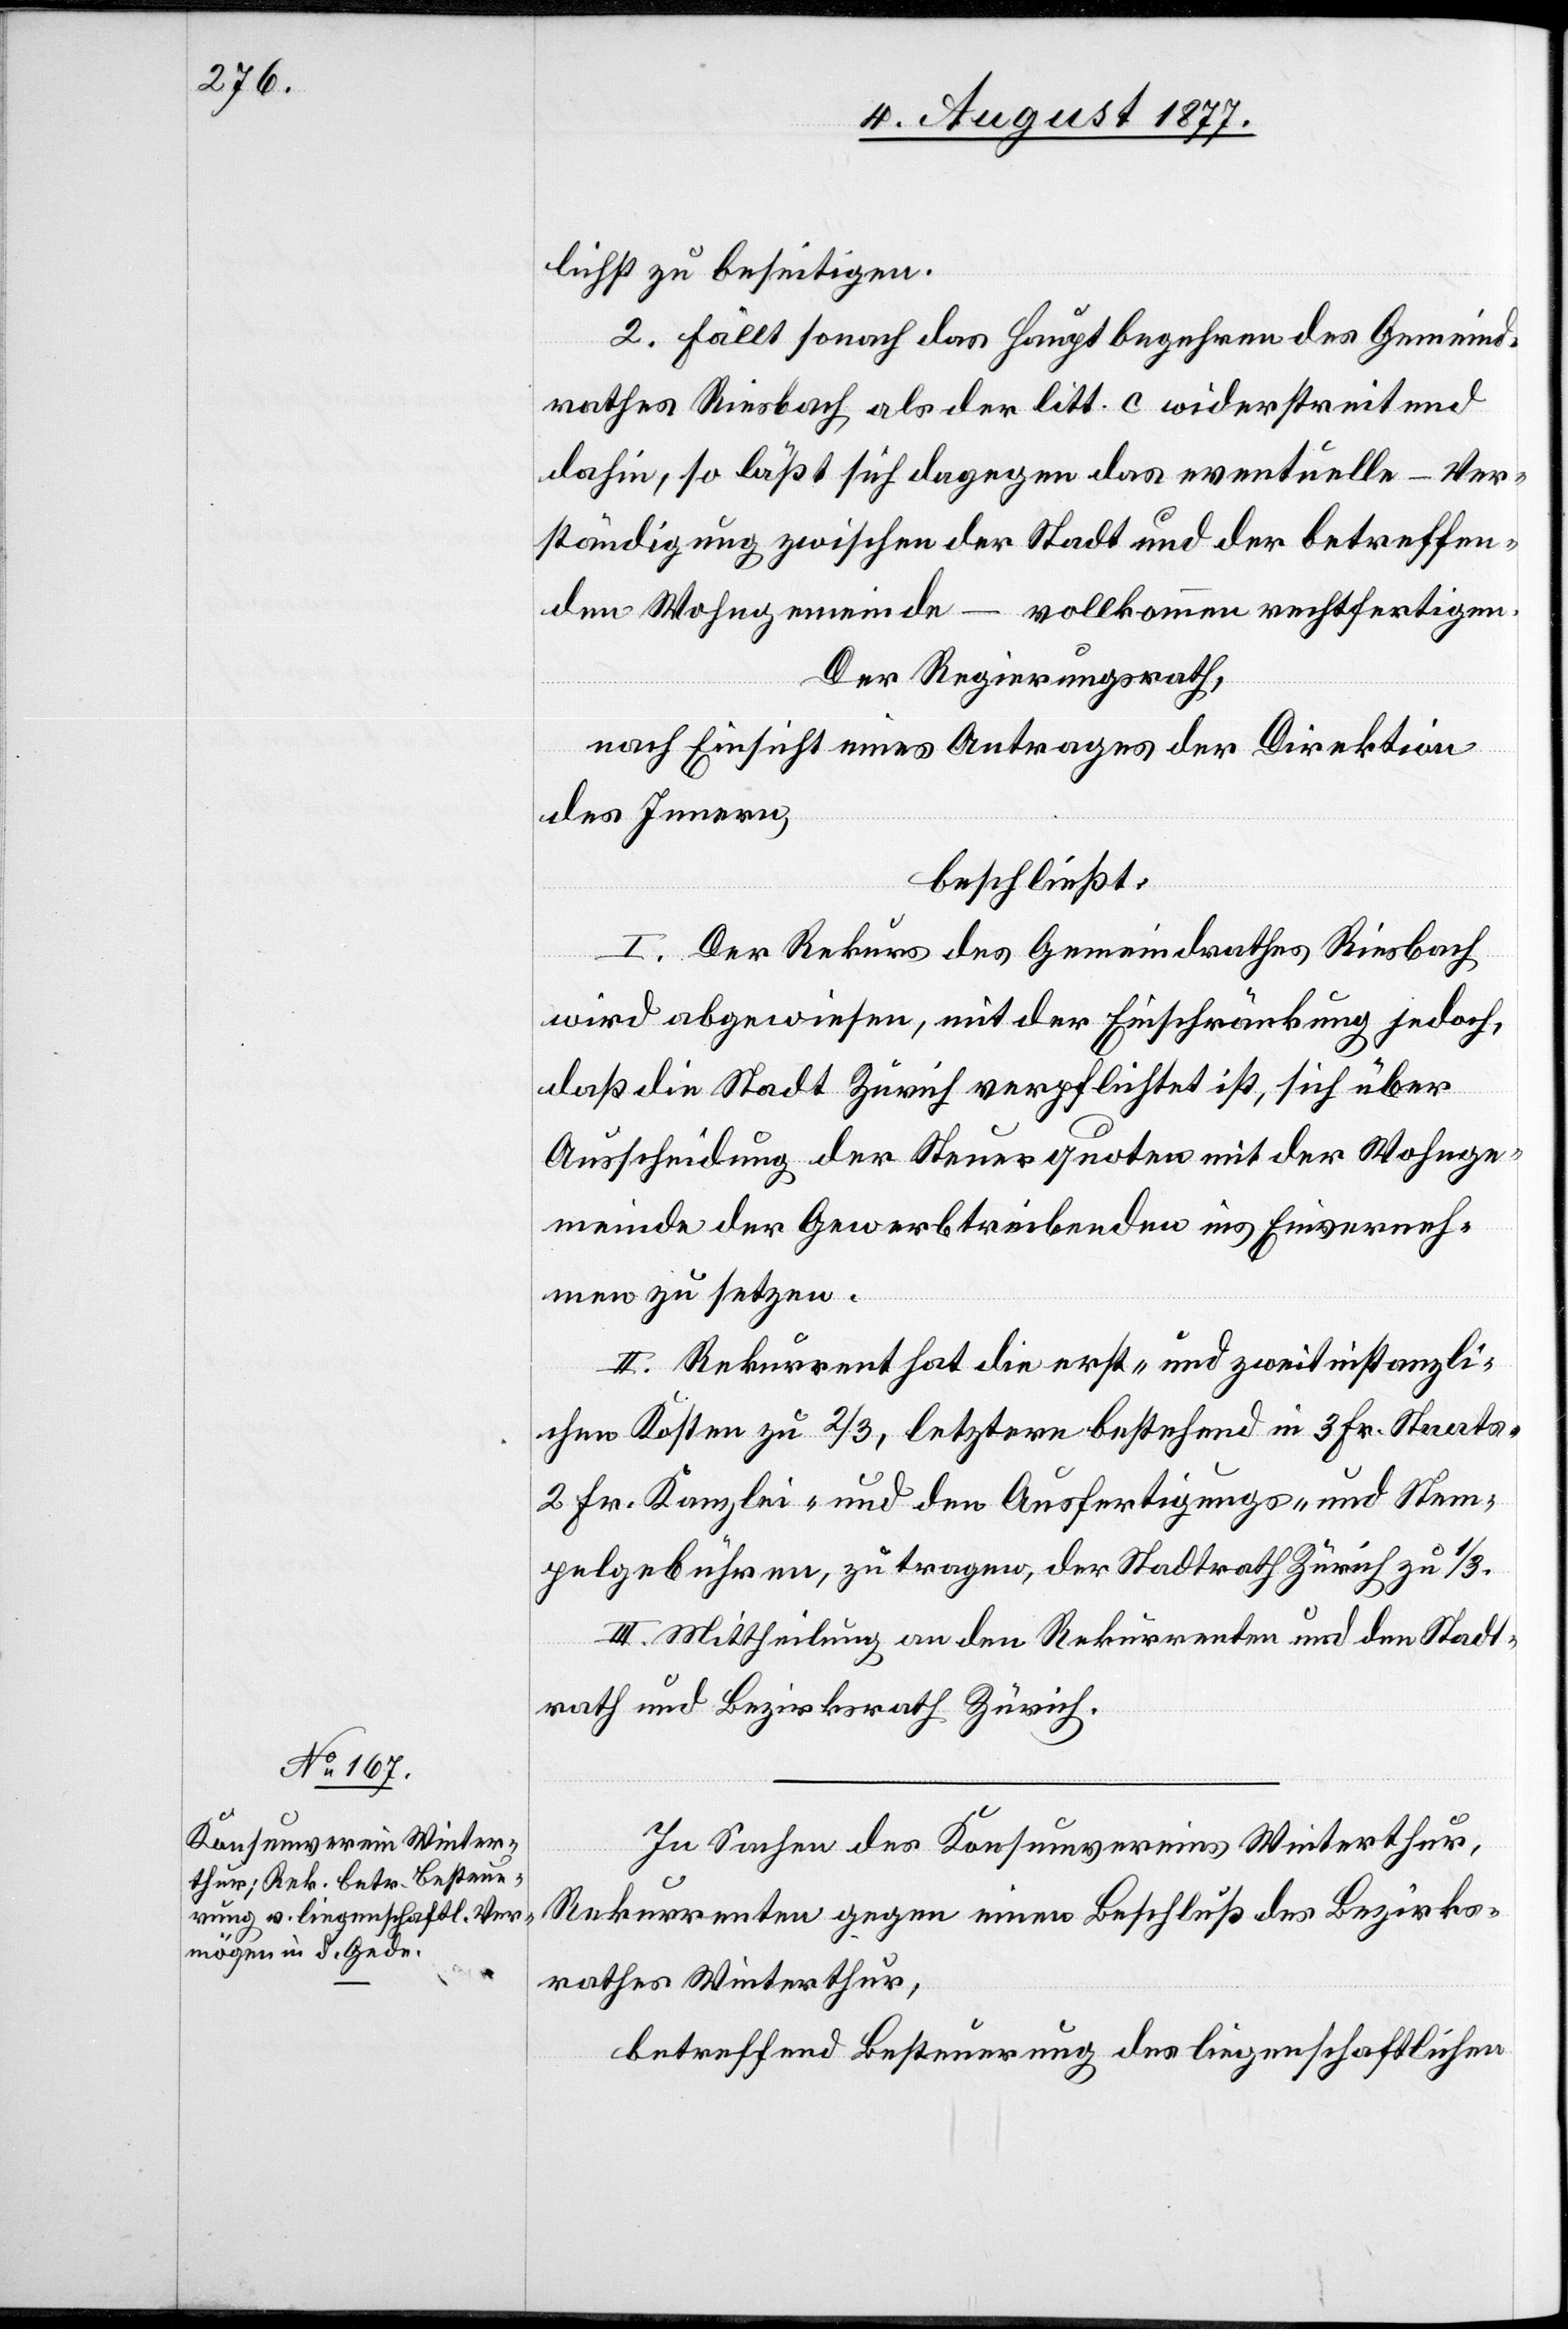
lichst zu beseitigen.
2. Fällt sonach das Hauptbegehren des Gemeind¬
rathes Riesbach als der litt. c widerstreitend
dahin, so läßt sich dagegen das eventuelle – Ver¬
ständigung zwischen der Stadt und der betreffen¬
den Wohngemeinde –
vollkommen rechtfertigen.
Der Regierungsrath,
nach Einsicht eines Antrages der Direktion
des Innern,
beschließt:
I. Der Rekurs des Gemeindrathes Riesbach
wird abgewiesen, mit der Einschränkung jedoch,
daß die Stadt Zürich verpflichtet ist, sich über
Ausscheidung der Steuerquoten mit der Wohnge¬
meinde der Gewerbtreibenden ins Einverneh¬
men zu setzen.
II. Rekurrent hat die erst- und zweitinstanzli¬
chen Kosten zu 2/3, letztere bestehend in 3 Fr. Staats-[,]
2 Fr. Kanzlei- und den Ausfertigungs- und Stem¬
pelgebühren, zu tragen, der Stadtrath Zürich zu 1/3.
III. Mittheilung an den Rekurrenten und den Stadt¬
rath und Bezirksrath Zürich.
In Sachen des Konsumvereins Winterthur,
Rekurrenten gegen einen Beschluß des Bezirks¬
rathes Winterthur,
betreffend Besteuerung des liegenschaftlichen